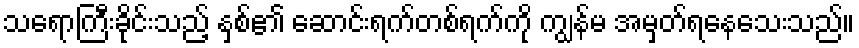
သရောကြီးခိုင်းသည့် နှစ်၏ ဆောင်းရက်တစ်ရက်ကို ကျွန်မ အမှတ်ရနေသေးသည်။